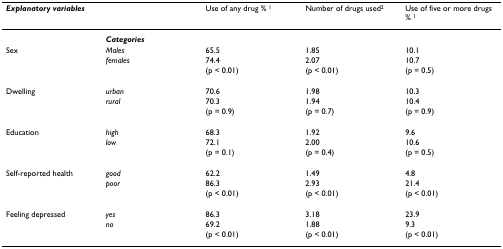
| <COLSPAN=2> Explanatory variables | Use of any drug % 1 | Number of drugs used2 | Use of five or more drugs % 1 |
 | --- | --- | --- | --- | --- |
 |  | Categories |  |  |  |
 | Sex | Males | 65.5 | 1.85 | 10.1 |
 |  | females | 74.4 | 2.07 | 10.7 |
 |  |  | (p < 0.01) | (p < 0.01) | (p = 0.5) |
 | Dwelling | urban | 70.6 | 1.98 | 10.3 |
 |  | rural | 70.3 | 1.94 | 10.4 |
 |  |  | (p = 0.9) | (p = 0.7) | (p = 0.9) |
 | Education | high | 68.3 | 1.92 | 9.6 |
 |  | low | 72.1 | 2.00 | 10.6 |
 |  |  | (p = 0.1) | (p = 0.4) | (p = 0.5) |
 | Self-reported health | good | 62.2 | 1.49 | 4.8 |
 |  | poor | 86.3 | 2.93 | 21.4 |
 |  |  | (p < 0.01) | (p < 0.01) | (p < 0.01) |
 | Feeling depressed | yes | 86.3 | 3.18 | 23.9 |
 |  | no | 69.2 | 1.88 | 9.3 |
 |  |  | (p < 0.01) | (p < 0.01) | (p < 0.01) |